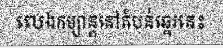
លេងកម្សាន្តនៅតំបន់ឆ្នេរនេះ